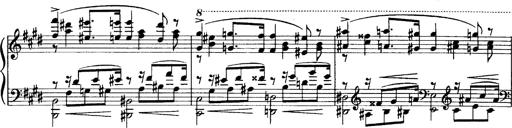
Title: OuvertÃ¼re zu TannhÃ¤user
Composer: Franz Liszt